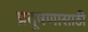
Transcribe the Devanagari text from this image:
प्रदूषणासाठी